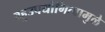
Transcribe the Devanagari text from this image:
बहुउपयोगित्वामुळे